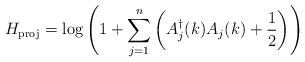
LaTeX: \begin{align*}H_{\rm proj}=\log\left(1+\sum_{j=1}^n\left(A^{\dagger}_j(k)A_j(k)+{1\over 2}\right)\right)\end{align*}